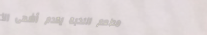
مطعم النخبة يقدم أشهى الأ